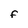
Character: F